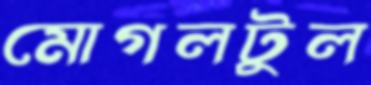
মোগলটুল